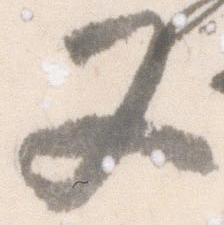
又